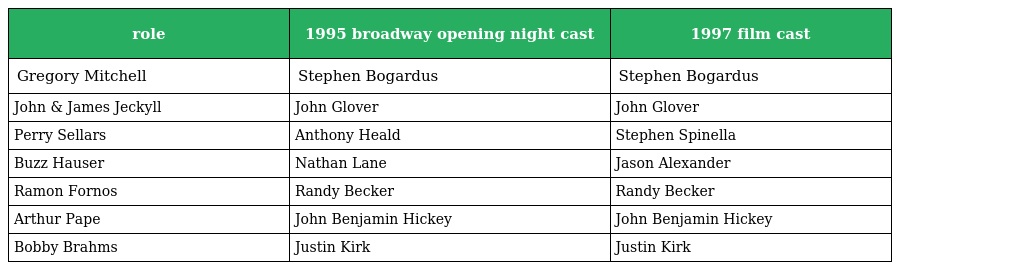
| role | 1995 broadway opening night cast | 1997 film cast |
 | --- | --- | --- |
 | Gregory Mitchell | Stephen Bogardus | Stephen Bogardus |
 | John & James Jeckyll | John Glover | John Glover |
 | Perry Sellars | Anthony Heald | Stephen Spinella |
 | Buzz Hauser | Nathan Lane | Jason Alexander |
 | Ramon Fornos | Randy Becker | Randy Becker |
 | Arthur Pape | John Benjamin Hickey | John Benjamin Hickey |
 | Bobby Brahms | Justin Kirk | Justin Kirk |